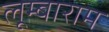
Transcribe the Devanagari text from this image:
लूम्बाराम